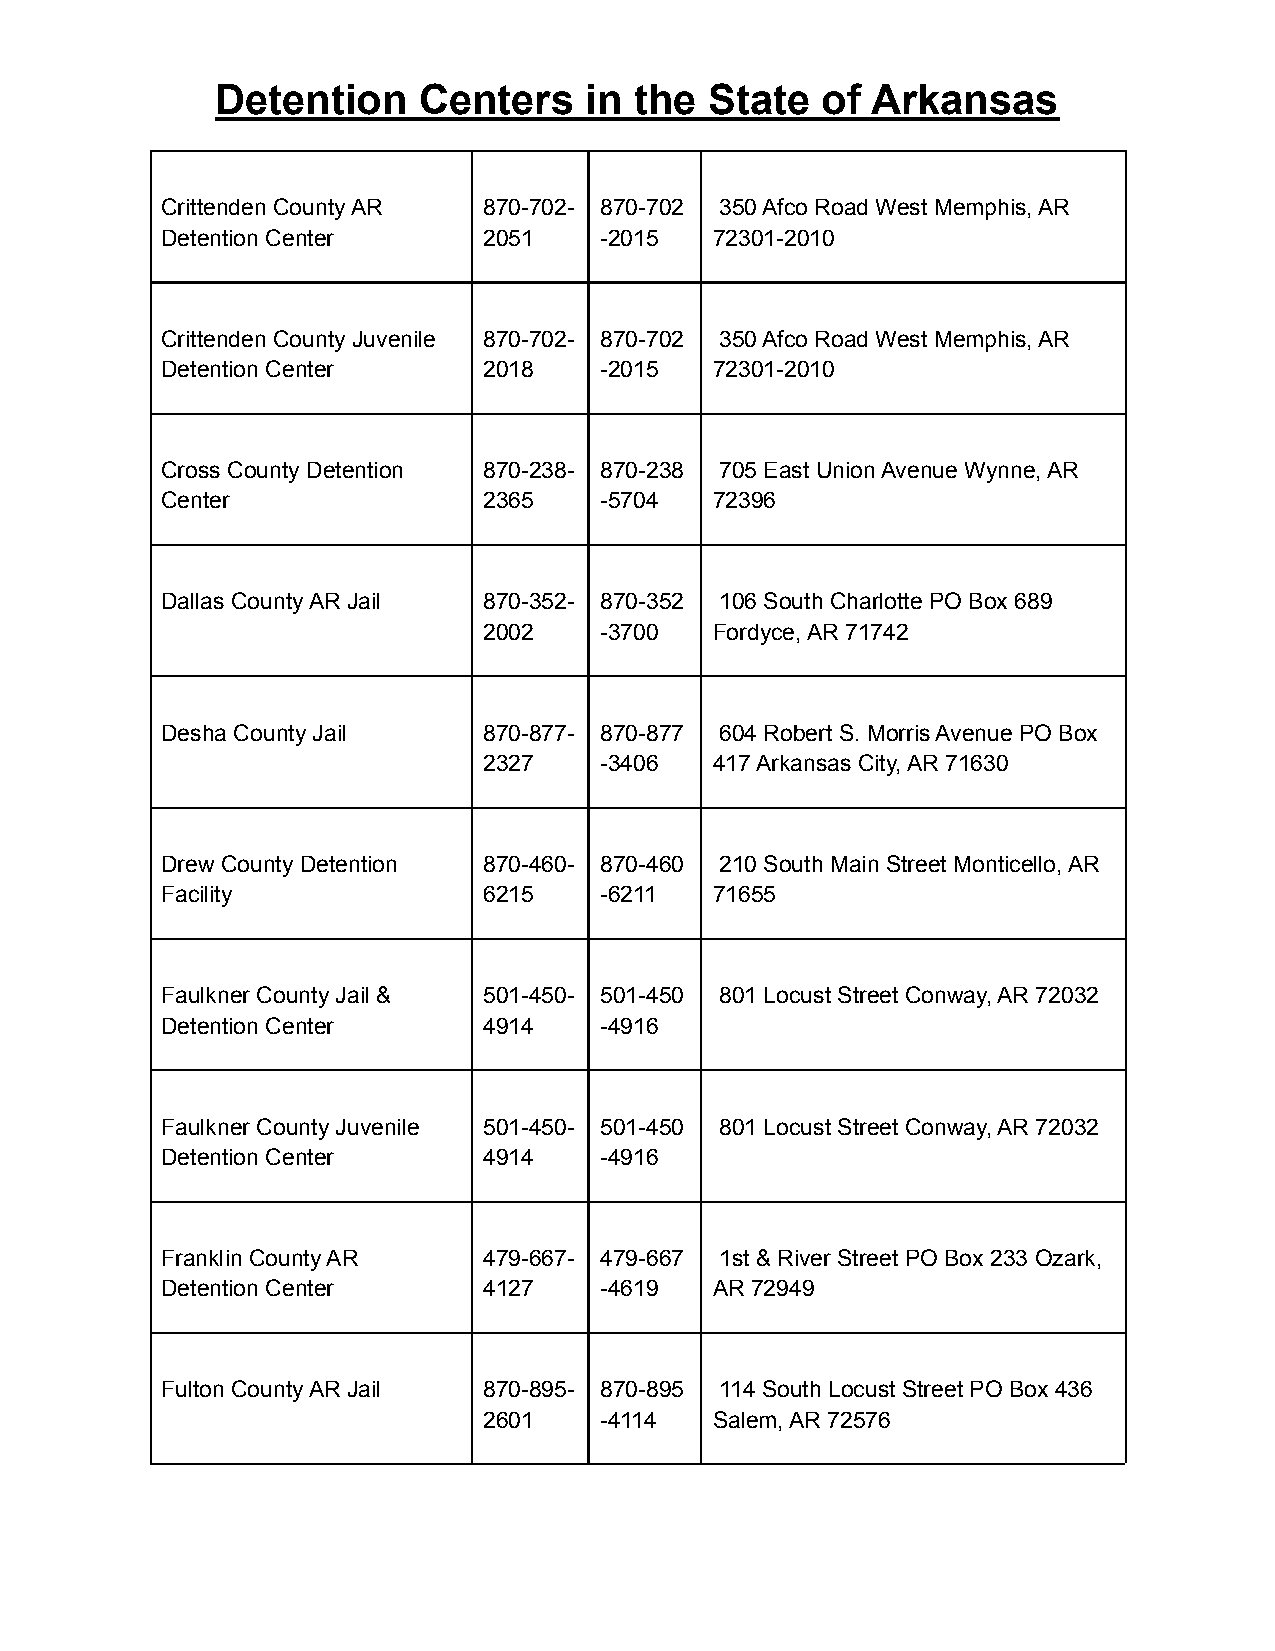
Detention     Centers    in the  State  of  Arkansas
 Crittenden County AR 870-702- 870-702 350 Afco Road West Memphis, AR
 Detention Center     2051    -2015  72301-2010
 Crittenden County Juvenile 870-702- 870-702 350 Afco Road West Memphis, AR
 Detention Center     2018    -2015  72301-2010
 Cross County Detention 870-238- 870-238 705 East Union Avenue Wynne, AR
 Center               2365    -5704  72396
 Dallas County AR Jail 870-352- 870-352 106 South Charlotte PO Box 689
 2002    -3700  Fordyce, AR 71742
 Desha County Jail    870-877- 870-877 604 Robert S. Morris Avenue PO Box
 2327    -3406  417 Arkansas City, AR 71630
 Drew County Detention 870-460- 870-460 210 South Main Street Monticello, AR
 Facility             6215    -6211  71655
 Faulkner County Jail & 501-450- 501-450 801 Locust Street Conway, AR 72032
 Detention Center     4914    -4916
 Faulkner County Juvenile 501-450- 501-450 801 Locust Street Conway, AR 72032
 Detention Center     4914    -4916
 Franklin County AR   479-667- 479-667 1st & River Street PO Box 233 Ozark,
 Detention Center     4127    -4619  AR 72949
 Fulton County AR Jail 870-895- 870-895 114 South Locust Street PO Box 436
 2601    -4114  Salem, AR 72576